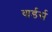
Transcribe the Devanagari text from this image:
वार्डर्स